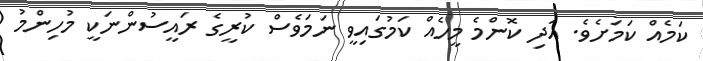
ކަމެއް ކަމަށެވެ. އަދި ކޮންމެ މީހެއް ކަމުގައިވީ ނަމަވެސް ކުރީގެ ރައީސުންނަކީ މުހިންމު